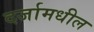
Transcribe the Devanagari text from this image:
दर्जामधील